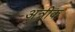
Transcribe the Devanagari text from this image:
अत्रीक